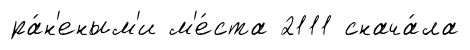
ра́н'еным'и м'е́ста 2111 снача́ла